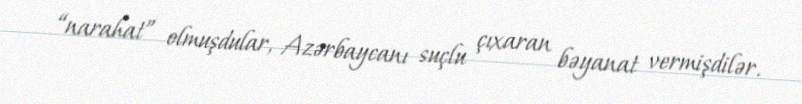
“narahat” olmuşdular, Azərbaycanı suçlu çıxaran bəyanat vermişdilər.